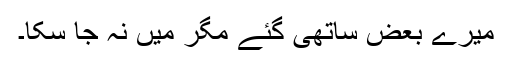
میرے بعض ساتھی گئے مگر میں نہ جا سکا۔